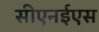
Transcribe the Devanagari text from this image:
सीएनईएस